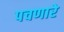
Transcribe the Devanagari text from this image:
पचणारे